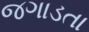
જગાડતા